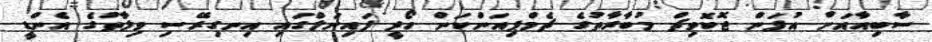
ސާބިއާއަށް އުފަން ޖޮކޮވިޗް މުބާރާތުގެ ޗެމްޕިއަންކަން ހޯދީ ފައިނަލްގައި އިނގިރޭސި ވިލާތުގެ އެންޑީ